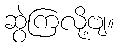
ဆွဲကြလို့ဗျ။